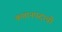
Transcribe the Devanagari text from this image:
कप्तानपदाची